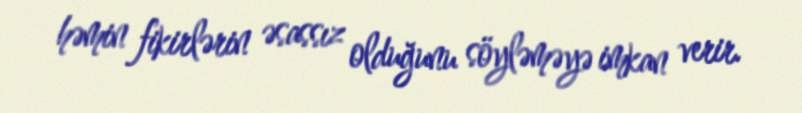
həmin fikirlərin əsassız olduğunu söyləməyə imkan verir.